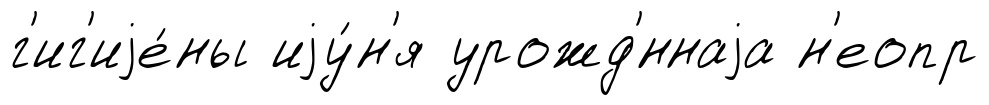
г'иг'иjе́ны иjу́н'я урожд'́ннаjа н'еопр